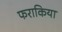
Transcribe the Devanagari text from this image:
फराकिया